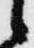
々